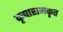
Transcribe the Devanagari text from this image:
कृपारामकृत